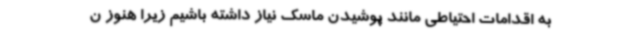
به اقدامات احتیاطی مانند پوشیدن ماسک نیاز داشته باشیم زیرا هنوز ن